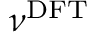
\nu ^ { \mathrm { D F T } }